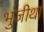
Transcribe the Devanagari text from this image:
भुंजीथा